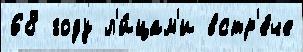
68 году л'и́цам'и встр'е́че